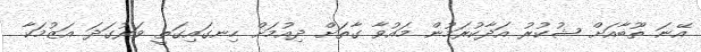
އޭނަ ތޫބާއަށް ޝުކުރު އަދާކުރަމުން މައުވާ ގާތަށް ދިއުމަށް ހިނގައިގަތީ ވަރުގަދަ އަޒުމަކާ